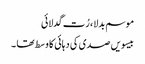
موسم بدلا ، رُت گدلائی
بیسویں صدی کی دہائی کا وسط تھا ۔